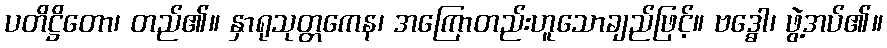
ပတိဋ္ဌိတော၊ တည်၏။ နှာရုသုတ္တကေန၊ အကြောတည်းဟူသောချည်ဖြင့်။ ဗဒ္ဓေါ၊ ဖွဲ့အပ်၏။